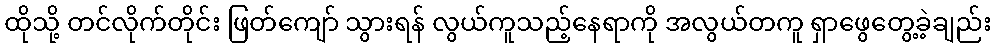
ထိုသို့ တင်လိုက်တိုင်း ဖြတ်ကျော် သွားရန် လွယ်ကူသည့်နေရာကို အလွယ်တကူ ရှာဖွေတွေ့ခဲ့ချည်း